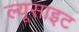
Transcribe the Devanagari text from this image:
ल्यूसाइट